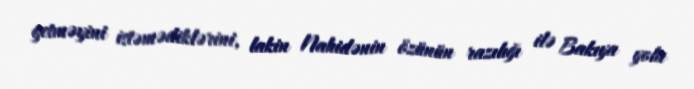
getməyini istəmədiklərini, lakin Nahidənin özünün razılığı ilə Bakıya yola